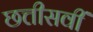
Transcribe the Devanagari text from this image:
छत्तीसवीं